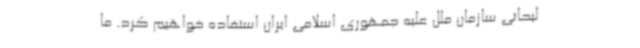
لیحاتی سازمان ملل علیه جمهوری اسلامی ایران استفاده خواهیم کرد. ما